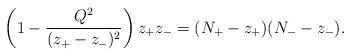
LaTeX: \begin{align*}\left(1-\frac{Q^2}{(z_{+}-z_{-})^2}\right)z_{+}z_{-}=(N_{+}-z_{+})(N_{-}-z_{-}).\end{align*}